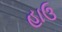
હાઉ